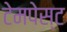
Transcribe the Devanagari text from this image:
टेमपेस्ट